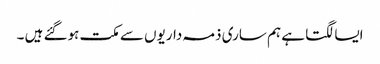
ایسا لگتا ہے ہم ساری ذمہ داریوں سے مکت ہوگئے ہیں ۔